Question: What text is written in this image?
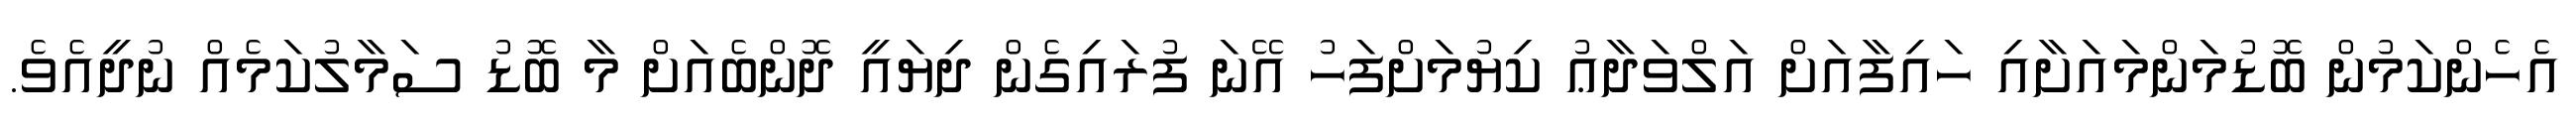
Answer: އެހެންކަމުން ބޮޑުމަންމައަށާއި ހައިފާއަށް އަލްވަދާޢު ކިޔުމަށްފަހު އޭނަ ފުރައިގެން ދިޔައީ ދޮންބެއަށް މާ ބޮޑު ސަމާލުކަމެއް ނުދީއެވެ.